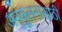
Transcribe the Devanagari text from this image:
अनुकूलनासाठी